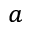
^ a